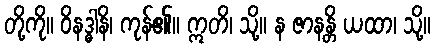
တို့ကို။ ဝိနဒ္ဓါနိ၊ ကုန်၏။ ဣတိ၊ သို့။ န ဇာနန္တိ ယထာ၊ သို့။